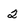
Character: 2